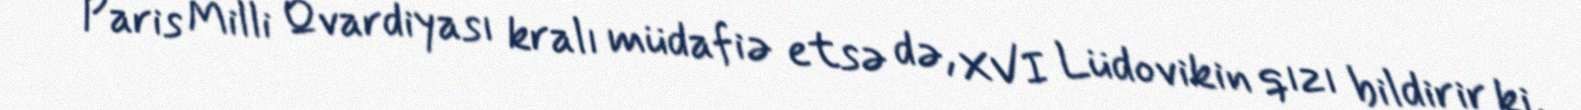
Paris Milli Qvardiyası kralı müdafiə etsə də, XVI Lüdovikin qızı bildirir ki,